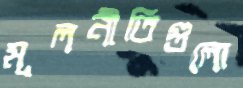
মূলনীতিগুলো